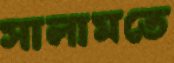
সালামতে